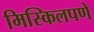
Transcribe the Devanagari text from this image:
मिस्किलपणे